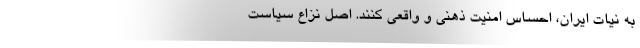
به نیاتِ ایران، احساسِ امنیتِ ذهنی و واقعی کنند. اصلِ نزاعِ سیاست